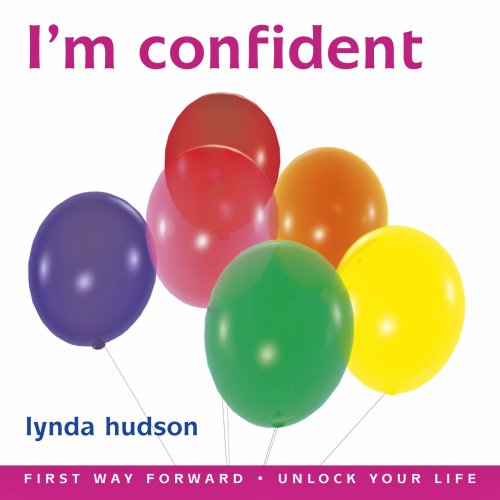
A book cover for Im Confident: For Children age 6-9 (Lynda Hudson's Unlock Your Life Audio CDs for Children); Lynda Hudson; Parenting & Relationships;